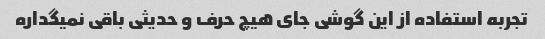
تجربه استفاده از این گوشی جای هیچ حرف و حدیثی باقی نمیگداره